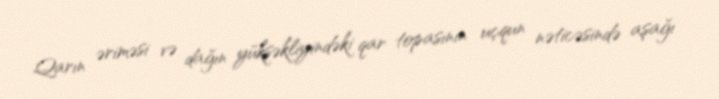
Qarın əriməsi və dağın yüksəkliyindəki qar topasının uçqun nəticəsində aşağı